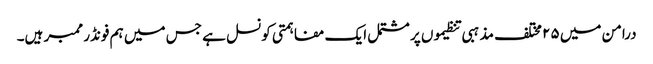
درامن میں ۲۵ مختلف مذہبی تنظیموں پر مشتمل ایک مفاہمتی کونسل ہے جس میں ہم فونڈر ممبر ہیں۔